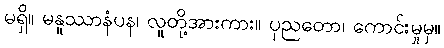
မရှိ။ မနူဿာနံပန၊ လူတို့အားကား။ ပုညတော၊ ကောင်းမှုမှ။